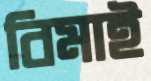
বিমাই